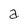
Character: a